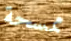
ممسحة